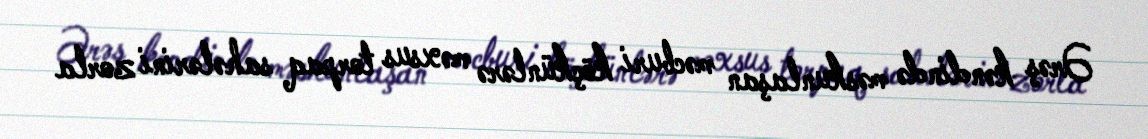
Ərəş kəndində məskunlaşan məcburi köçkünlərə məxsus torpaq sahələrini zorla